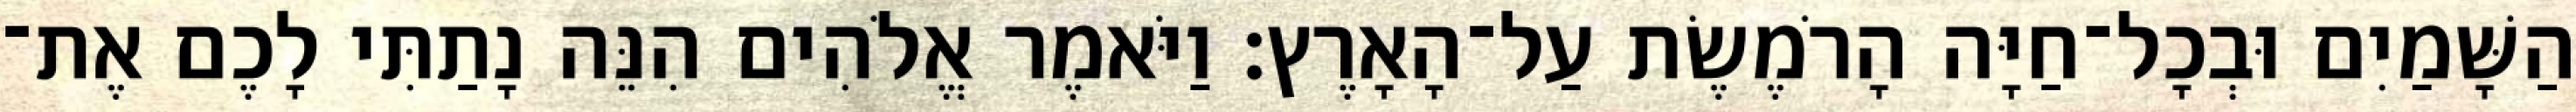
הַשָּׁמַיִם וּבְכָל־חַיָּה הָרֹמֶשֶׂת עַל־הָאָרֶץ׃ וַיֹּאמֶר אֱלֹהִים הִנֵּה נָתַתִּי לָכֶם אֶת־